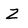
Character: 2